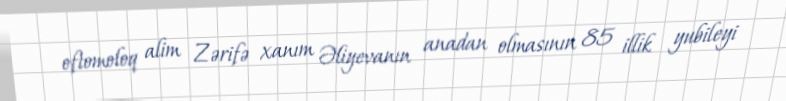
oftomoloq alim Zərifə xanım Əliyevanın anadan olmasının 85 illik yubileyi